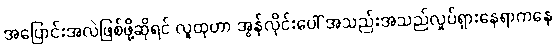
အပြောင်းအလဲဖြစ်ဖို့ဆိုရင် လူထုဟာ အွန်လိုင်းပေါ် အသည်းအသည်လှုပ်ရှားနေရာကနေ